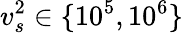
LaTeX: v_{s}^{2}\in\{ 10^{5},10^{6}\}